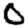
Digit: 0